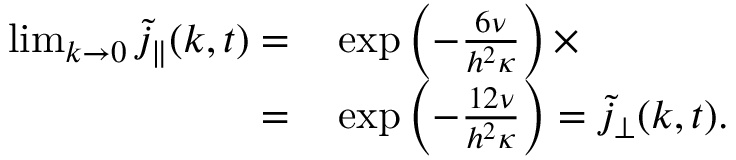
\begin{array} { r l } { \operatorname* { l i m } _ { k \to 0 } \tilde { j } _ { \parallel } ( k , t ) = } & { { } \exp \left( - \frac { 6 \nu } { h ^ { 2 } \kappa } \right) \times } \\ { = } & { { } \exp \left( - \frac { 1 2 \nu } { h ^ { 2 } \kappa } \right) = \tilde { j } _ { \perp } ( k , t ) . } \end{array}